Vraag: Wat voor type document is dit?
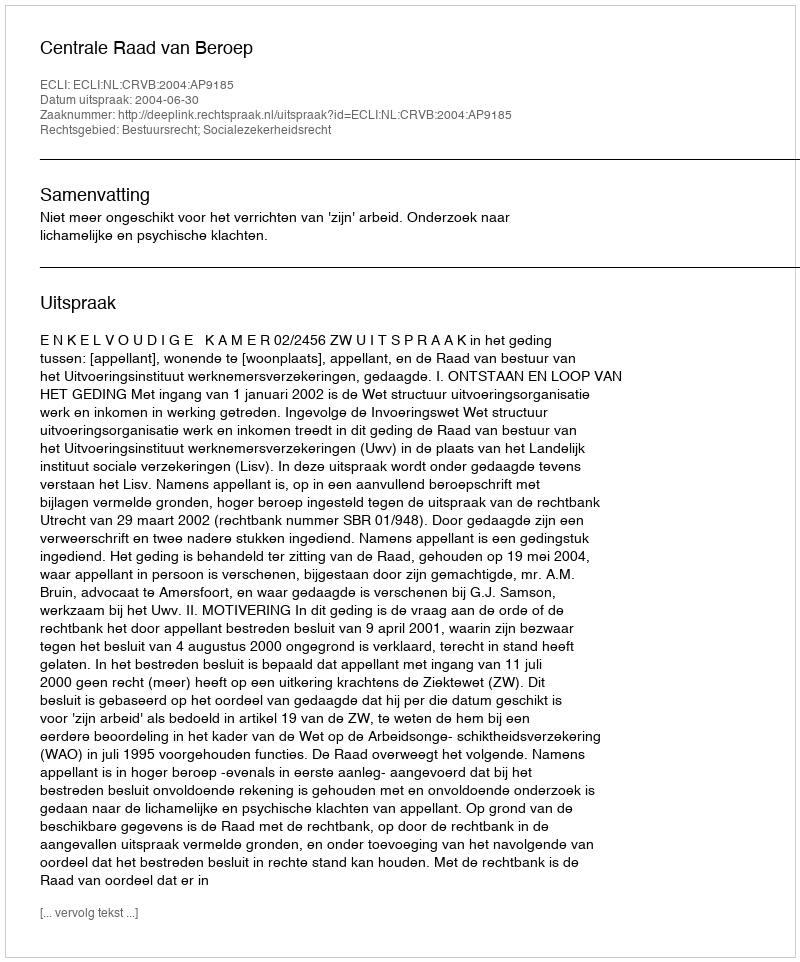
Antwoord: Uitspraak